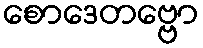
စောဒေတဗ္ဗော